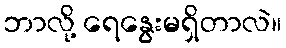
ဘာလို့ ရေနွေးမရှိတာလဲ။